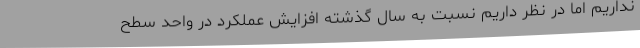
نداریم اما در نظر داریم نسبت به سال گذشته افزایش عملکرد در واحد سطح